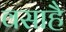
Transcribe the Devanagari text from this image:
वसाहै